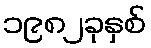
၁၉၈၂ခုနှစ်